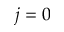
j = 0